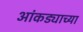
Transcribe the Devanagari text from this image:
आंकड्याच्या